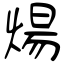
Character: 煬